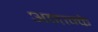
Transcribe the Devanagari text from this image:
अनान्के